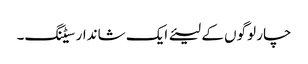
چار لوگوں کے لیئے ایک شاندار سیٹنگ۔